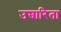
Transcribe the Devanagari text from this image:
उच्चारिता